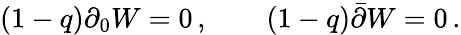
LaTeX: \begin{array}{ll}{{(1-q)\partial_{0}W=0\, ,~~}}&{{~~(1-q)\bar{\partial}W=0\, .}}\end{array}